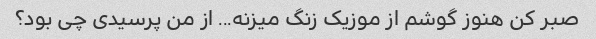
صبر کن هنوز گوشم از موزیک زنگ میزنه... از من پرسیدی چی بود؟